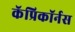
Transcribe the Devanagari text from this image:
कॅप्रिकॉर्नस